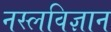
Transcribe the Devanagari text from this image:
नस्लविज्ञान